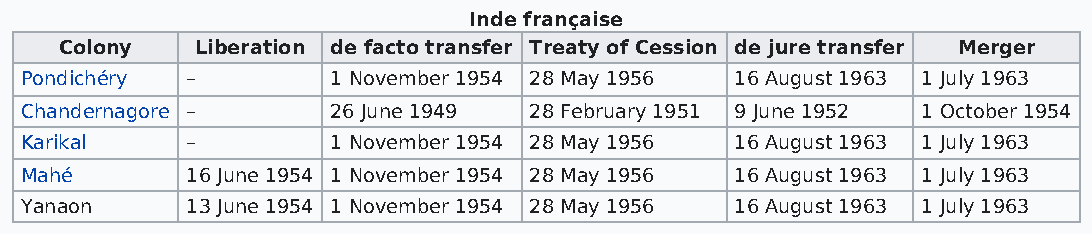
Inde française
 Colony   Liberation de facto transfer Treaty of Cession de jure transfer Merger
 Pondichéry –         1 November 1954 28 May 1956 16 August 1963 1 July 1963
 Chandernagore –      26 June 1949 28 February 1951 9 June 1952 1 October 1954
 Karikal    –         1 November 1954 28 May 1956 16 August 1963 1 July 1963
 Mahé       16 June 1954 1 November 1954 28 May 1956 16 August 1963 1 July 1963
 Yanaon     13 June 1954 1 November 1954 28 May 1956 16 August 1963 1 July 1963